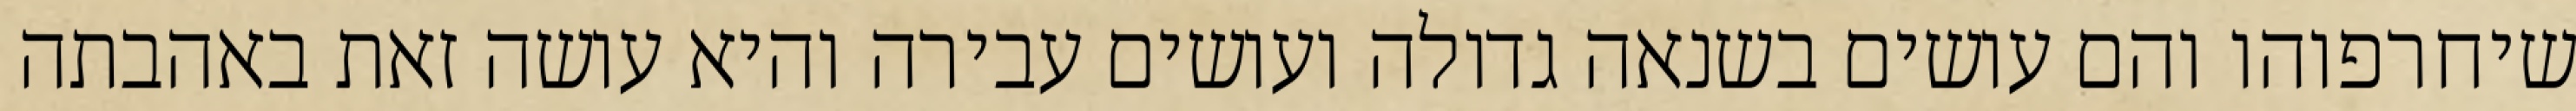
שיחרפוהו והם עושים בשנאה גדולה ועושים עבירה והיא עושה זאת באהבתה